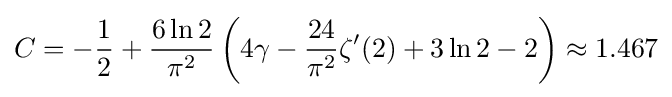
C=-{\frac {1}{2}}+{\frac {6\ln 2}{\pi ^{2}}}\left(4\gamma -{\frac {24}{\pi ^{2}}}\zeta '(2)+3\ln 2-2\right)\approx 1.467